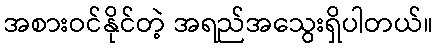
အစားဝင်နိုင်တဲ့ အရည်အသွေးရှိပါတယ်။